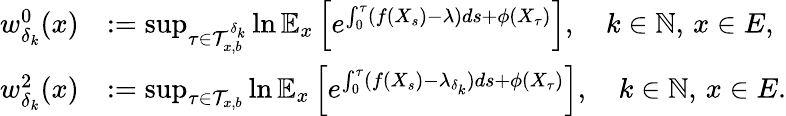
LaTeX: \begin{array}{rl}{w_{\delta_{k}}^{0}(x)}&{:=\operatorname*{sup}_{\tau\in\mathcal{T}_{x,b}^{\delta_{k}}}\ln\mathbb{E}_{x}\left[e^{\int_{0}^{\tau}(f(X_{s})-\lambda)ds+\phi(X_{\tau})}\right],\quad k\in\mathbb{N},\, x\in E,}\\ {w_{\delta_{k}}^{2}(x)}&{:=\operatorname*{sup}_{\tau\in\mathcal{T}_{x,b}}\ln\mathbb{E}_{x}\left[e^{\int_{0}^{\tau}(f(X_{s})-\lambda_{\delta_{k}})ds+\phi(X_{\tau})}\right],\quad k\in\mathbb{N},\, x\in E.}\end{array}